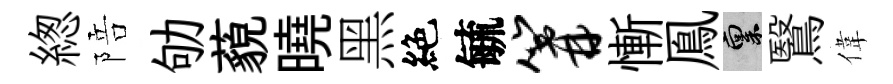
緫陪劬藐曉黑絶毓篝慚鳯禀鷖偉